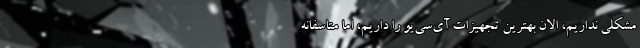
مشکلی نداریم، الان بهترین تجهیزات آی‌سی‌یو را داریم، اما متاسفانه